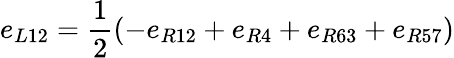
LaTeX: e_{L12}=\frac{1}{2}(-e_{R12}+e_{R4}+e_{R63}+e_{R57})